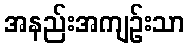
အနည်းအကျဉ်းသာ